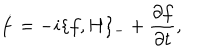
LaTeX: \dot { f } = - i \{ f , H \} _ { - } + { \frac { \partial f } { \partial t } } ,